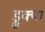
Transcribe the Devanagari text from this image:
ड्रुक्पा